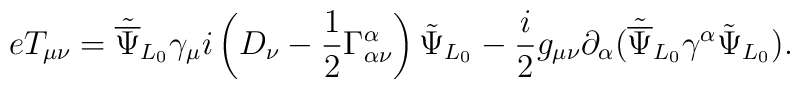
eT_{\mu\nu}={\tilde{\overline\Psi}_{L_0}}{\gamma_\mu}i\left(D_\nu -\frac{1}{2}\Gamma^\alpha_{\alpha\nu}\right){\tilde\Psi}_{L_0}-\frac{i}{2}g_{\mu\nu}\partial_\alpha({\tilde{\overline\Psi}}_{L_0}\gamma^\alpha{\tilde\Psi_{L_0}}).\nonumber\\